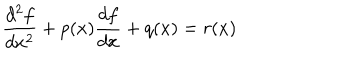
\frac { d ^ { 2 } f } { d x ^ { 2 } } + p ( x ) \frac { d f } { d x } + q ( x ) = r ( x )